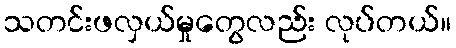
သတင်းဖလှယ်မှုတွေလည်း လုပ်တယ်။